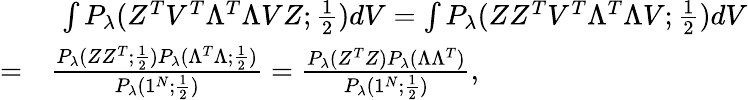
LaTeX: \begin{array}{rl}&{\ \int P_{\lambda}(Z^{T}V^{T}\Lambda^{T}\Lambda VZ;\frac{1}{2})dV=\int P_{\lambda}(ZZ^{T}V^{T}\Lambda^{T}\Lambda V;\frac{1}{2})dV}\\ {=}&{\frac{P_{\lambda}(ZZ^{T};\frac{1}{2})P_{\lambda}(\Lambda^{T}\Lambda;\frac{1}{2})}{P_{\lambda}(1^{N};\frac{1}{2})}=\frac{P_{\lambda}(Z^{T}Z)P_{\lambda}(\Lambda\Lambda^{T})}{P_{\lambda}(1^{N};\frac{1}{2})},}\end{array}